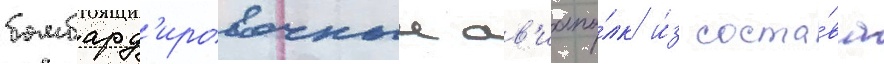
бомбард'ировочныи ав'иапо́лк и́з соста́ва